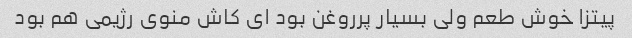
پیتزا خوش طعم ولی بسیار پرروغن بود ای کاش منوی رژیمی هم بود